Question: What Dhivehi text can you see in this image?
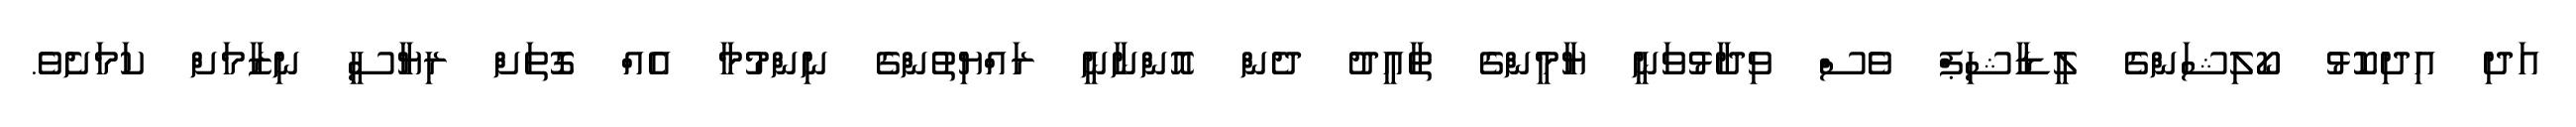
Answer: އަދި އިދިކޮޅު ކޯލިޝަންގެ ލީޑާޝިޕް ވެސް ވިދާޅުވަނީ ޔާމީންގެ ތާއީދު ދެން އޮންނާނީ ރައްޔިތުންގެ ނިންމުމާ އެއް ގޮތަށް ރިޔާސީ ނިޒާމަށް ކަމަށެވެ.